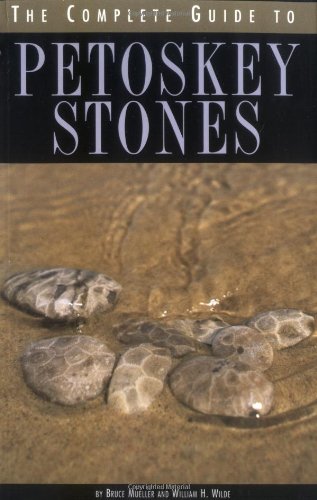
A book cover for The Complete Guide to Petoskey Stones; Bruce Mueller; Science & Math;